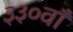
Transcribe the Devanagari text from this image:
३३०वाँ